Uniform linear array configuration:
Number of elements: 4
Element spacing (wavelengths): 1
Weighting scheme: kaiser
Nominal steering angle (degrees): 15
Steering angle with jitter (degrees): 14.284
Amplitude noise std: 0.05
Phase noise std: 0.05

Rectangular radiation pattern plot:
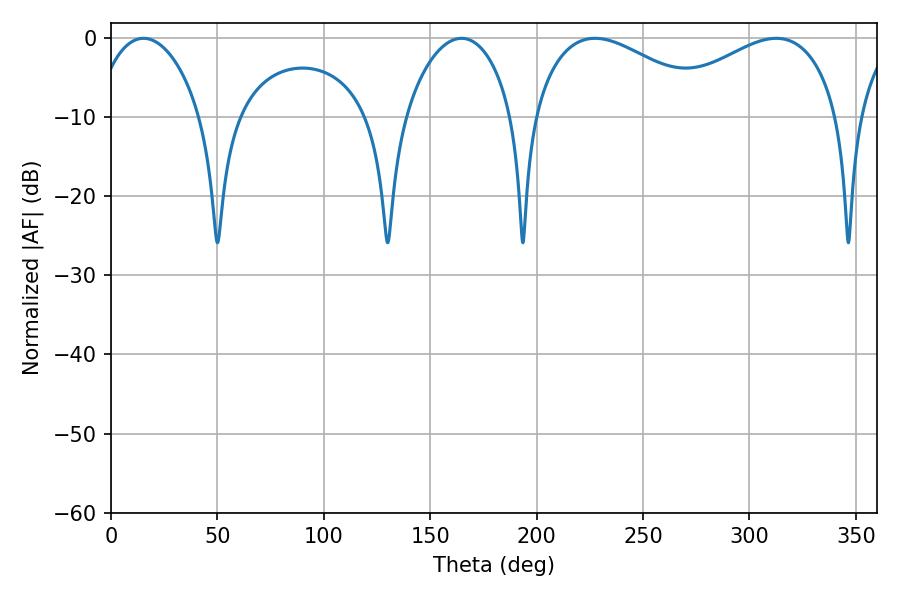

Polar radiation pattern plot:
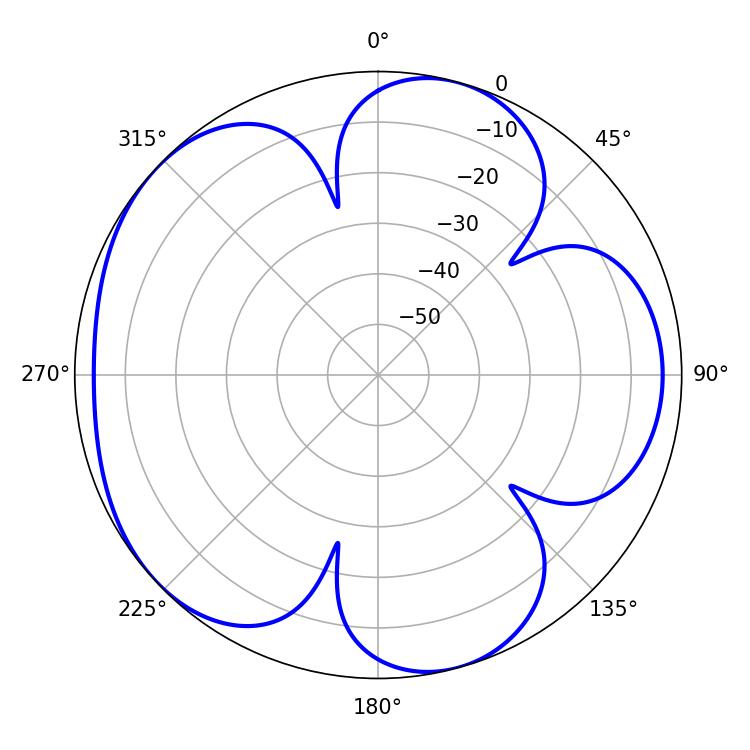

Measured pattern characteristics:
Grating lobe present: TRUE
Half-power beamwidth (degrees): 28.62
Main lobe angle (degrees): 15.3